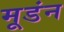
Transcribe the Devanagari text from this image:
मूडंन